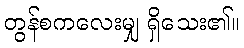
တွန်စကလေးမျှ ရှိသေး၏။